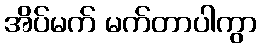
အိပ်မက် မက်တာပါကွာ